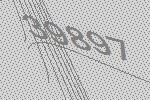
39897